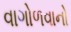
વાગોળવાનો